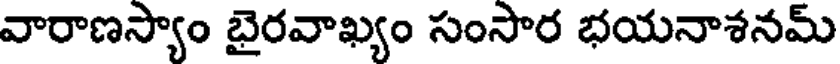
వారాణస్యాం బైరవాఖ్యం సంసార భయనాశనమ్